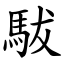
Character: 䮂